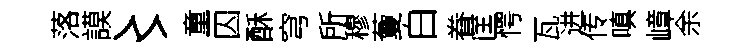
落謨〻童囚酥穹所穆藑白眷匡愕瓦进传嗔嶂余